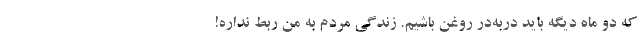
که دو ماه دیگه باید دربه‌در روغن باشیم. زندگی مردم به من ربط نداره!